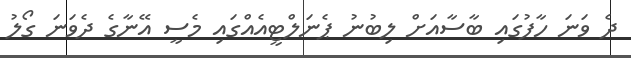
ދެ ވަނަ ހާފުގައި ބާސާއަށް ލިބުނު ޕެނަލްޓީއެއްގައި މެސީ އޭނާގެ ދެވަނަ ގޯލު